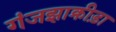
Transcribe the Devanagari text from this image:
गंजझाक्रीड़ा